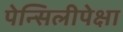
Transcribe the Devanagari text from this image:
पेन्सिलीपेक्षा